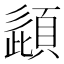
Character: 頿